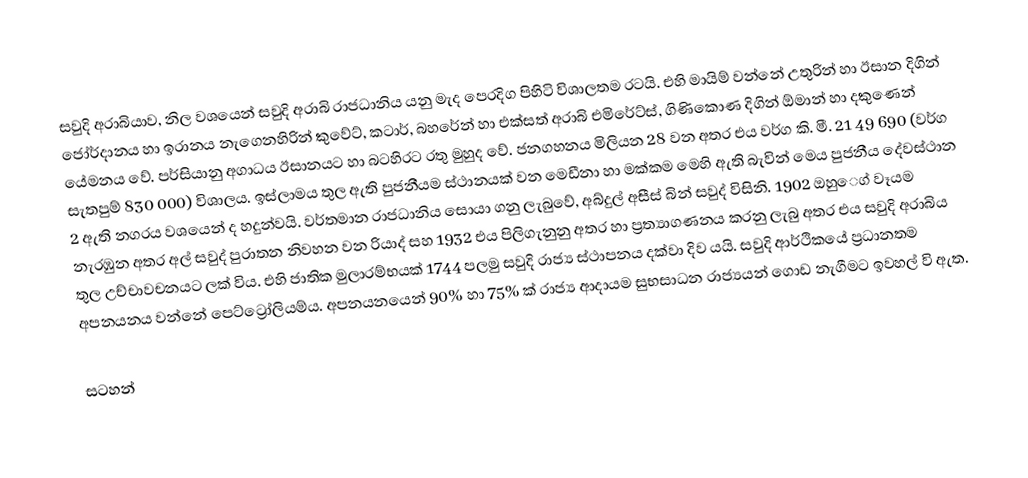
සවුදි අරාබියාව, නිල වශයෙන් සවුදි අරාබි රාජධානිය යනු මැද පෙරදිග පිහිටි විශාලතම රටයි. එහි මායිම් වන්නේ උතුරින් හා ඊසාන දිගින් ජෝර්දානය හා ඉරානය නැගෙනහිරින් කුවේට්, කටාර්, බහරේන් හා එක්සත් අරාබි එමිරේට්ස්, ගිණිකොණ දිගින් ඕමාන් හා දකුණෙන් යේමනය වේ. පර්සියානු අගාධය ඊසානයට හා බටහිරට රතු මුහුද වේ. ජනගහනය මිලියන 28 වන අතර එය වර්ග කි. මී. 21 49 690 (වර්ග සැතපුම් 830 000) විශාලය. ඉස්ලාමය තුල ඇති පුජනීයම ස්ථානයක් වන මෙඩීනා හා මක්කම මෙහි ඇති බැවින් මෙය පුජනීය දේවස්ථාන 2 ඇති නගරය වශයෙන් ද හදුන්වයි. වර්තමාන රාජධානිය සොයා ගනු ලැබුවේ, අබ්දුල් අසීස් බින් සවුද් විසිනි. 1902 ඔහු‍ෙග් වෑයම නැරඹුන අතර අල් සවුද් පුරාතන නිවහන වන රියාද් සහ 1932 එය පිලිගැනුනු අතර හා ප්‍රත්‍යාගණනය කරනු ලැබු අතර එය සවුදි අරාබිය තුල උච්චාවචනයට ලක් විය. එහි ජාතික මුලාරම්භයක් 1744 පලමු සවුදි රාජ්‍ය ස්ථාපනය දක්වා දිව යයි. සවුදි ආර්ථිකයේ ප්‍රධානතම අපනයනය වන්නේ පෙට්ට්‍රෝලියම්ය. අපනයනයෙන් 90% හා 75% ක් රාජ්‍ය ආදායම සුභසාධන රාජ්‍යයන් ගොඩ නැගීමට ඉවහල් වි ඇත.

සටහන්